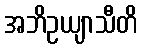
အဘိဥယျာသီတိ